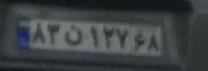
۸۳ن۱۲۷۶۸